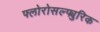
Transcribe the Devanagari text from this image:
फ्लोरोसल्फ्युरिक